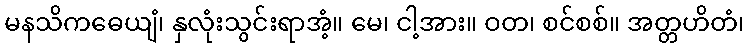
မနသိကဓေယျံ၊ နှလုံးသွင်းရာအံ့။ မေ၊ ငါ့အား။ ဝတ၊ စင်စစ်။ အတ္တဟိတံ၊